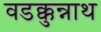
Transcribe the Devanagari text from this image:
वडक्कुन्नाथ